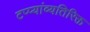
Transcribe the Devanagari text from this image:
टप्प्यांव्यतिरिक्त